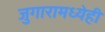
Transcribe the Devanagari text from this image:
जुगारामध्येही